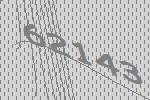
62143